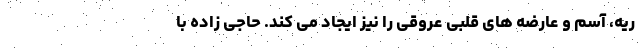
ریه، آسم و عارضه های قلبی عروقی را نیز ایجاد می کند. حاجی زاده با